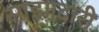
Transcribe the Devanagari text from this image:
साझादारी